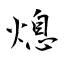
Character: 熄